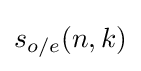
s_{o/e}(n,k)